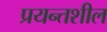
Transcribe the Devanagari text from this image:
प्रयन्तशील